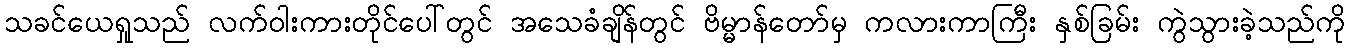
သခင်ယေရှုသည် လက်ဝါးကားတိုင်ပေါ်တွင် အသေခံချိန်တွင် ဗိမ္မာန်တော်မှ ကလားကာကြီး နှစ်ခြမ်း ကွဲသွားခဲ့သည်ကို